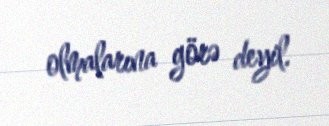
olmalarına görə deyil.